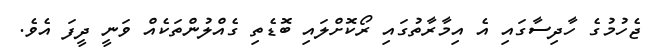
ޖެހުމުގެ ހާދިސާގައި އެ އިމާރާތުގައި ރޯކޮށްލައި ބޮޑެތި ގެއްލުންތަކެއް ވަނީ ދީފަ އެވެ.